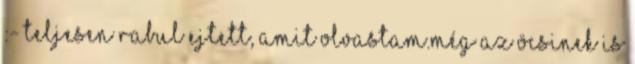
:- Teljesen rabul ejtett, amit olvastam.Még az Öcsinek is